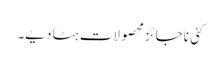
کئی ناجائز محصولات ہٹا دیے۔